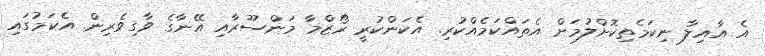
އެ އާއިލާ ނިކަމެތިކޮށްލުމަށް އެތައްކަމެއްކުރި. އެކަންކުރީ ރޯޒްމާ މަންސޫރާއި އޭނާގެ ވާގިވެރިން. އެކަމުގައި